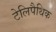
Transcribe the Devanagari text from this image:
टेलिपैथिक